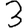
Digit: 3